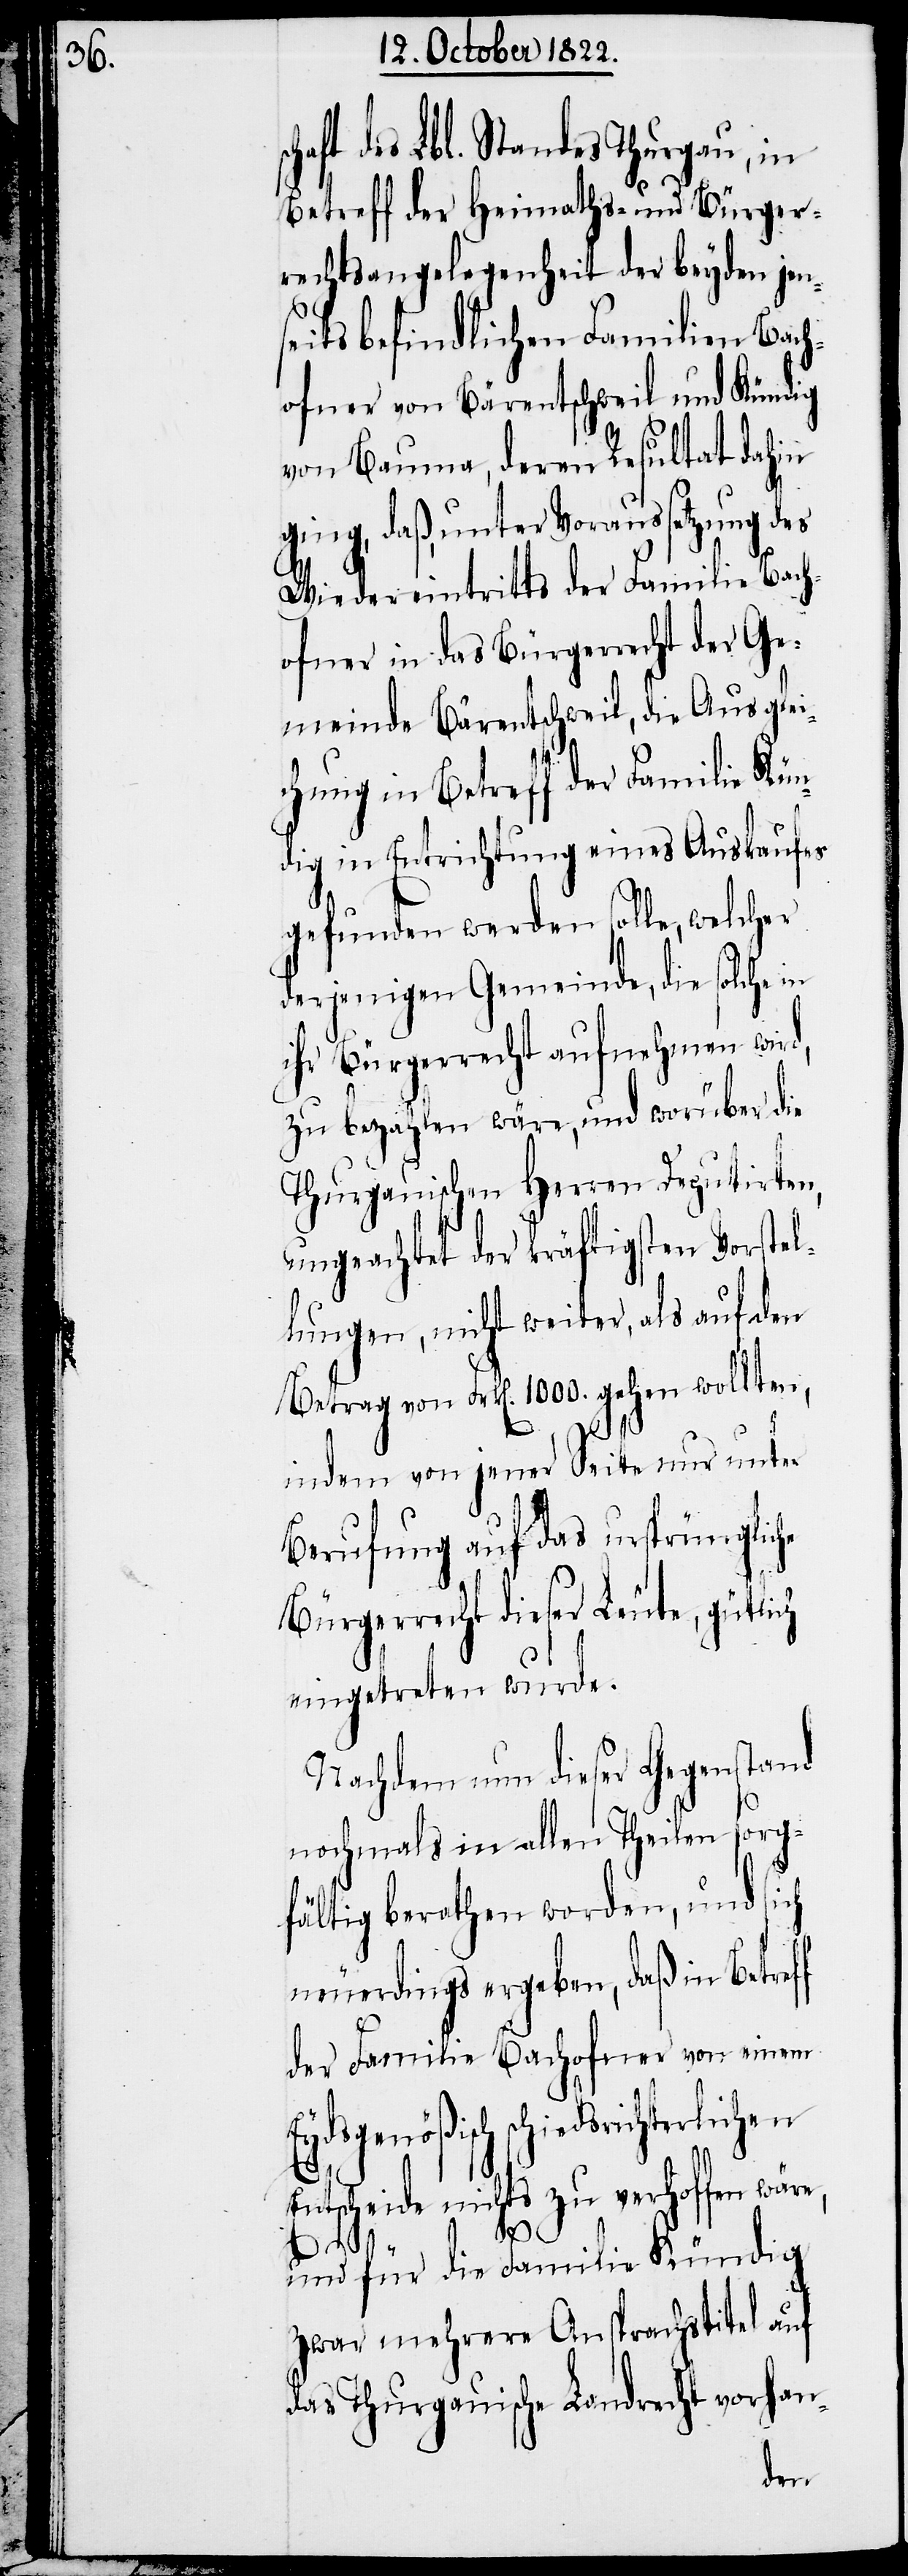
haft des Lbl. Standes Thurgau, in
Betreff der Heimaths- und Bürger¬
rechtsangelegneheit der beyden jen¬
seits befindlichen Familien Bach¬
ofner von Bärentschweil und Kündig
von Bauma, deren Resultat dahin
ging, daß, unter Voraussetzung des
Wiedereintritts der Familie Bach¬
ofner in das Bürgerrecht der Ge¬
meinde Bärentschweil, die Ausglei¬
chung in Betreff der Familie Kün¬
dig in Entrichtung eines Auskaufes
gefunden werden solle, welcher
derjenigen Gemeinde, die solche in
ihr Bürgerrrecht aufnehmen wird,
zu bezahlen wäre, und worüber die
Thurgauischen Herren Deputirten,
ungeachtet der kräftigsten Vorstel¬
lungen, nicht weiter, als auf den
Betrag von Frk[en]. 1000. gehen wollten,
indem von jener Seite nur unter
Berufung auf das ursprüngliche
Bürgerrecht dieser Leute, gütlich
eingetreten wurde.
Nachdem nun dieser Gegenstand
nochmals in allen Theilen sorg¬
f
fältig berathen worden, und sich
neuerdings ergeben, daß in Betref¬
der Familie Bachofner von einem
iedsrichterlichen
Entscheide nichts zu verhoffen wäre,
und für die Familie Kündig
zwar mehrere Ansprachstitel auf
das Thurgauische Landrecht vorhan-